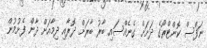
ނަފްސް ކޮންޓްރޯގެ ދަށަށް ގެނެއްސައި ބާރު ބާރަށް ދޮރާއި ދިމާއަށް ދާން ފެށުމުން